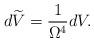
LaTeX: \begin{align*}d\widetilde{V}=\frac{1}{\Omega^{4}}dV.\end{align*}